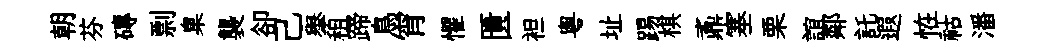
朝芬磚剽臬襲卻己𦦙租蹄鳥宵懼匱袒粤址踢棋鼒塞栗誼鄰託遐恠祜潘